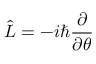
{ \hat { L } } = - i \hbar { \frac { \partial } { \partial \theta } }